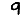
Digit: 9